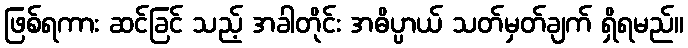
ဖြစ်ရကား ဆင်ခြင် သည့် အခါတိုင်း အဓိပ္ပာယ် သတ်မှတ်ချက် ရှိရမည်။